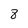
Character: 8